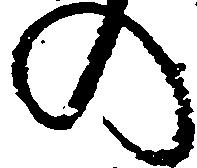
の